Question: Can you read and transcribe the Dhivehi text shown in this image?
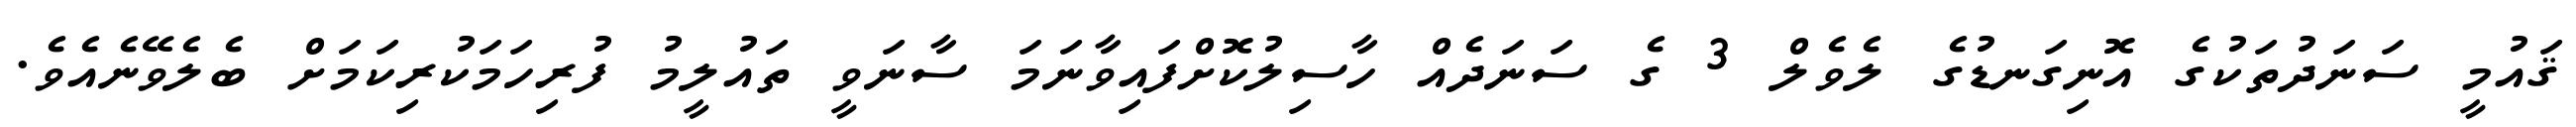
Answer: ޤައުމީ ސަނަދުތަކުގެ އޮނިގަނޑުގެ ލެވެލް 3 ގެ ސަނަދެއް ހާސިލުކޮށްފައިވާނަމަ ސާނަވީ ތައުލީމު ފުރިހަމަކުރިކަމަށް ބެލެވޭނެއެވެ.